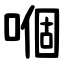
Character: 嗰